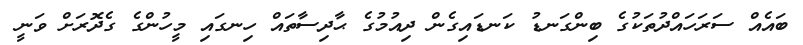
ބައެއް ސަރަހައްދުތަކުގެ ބިންގަނޑު ކަނޑައިގެން ދިއުމުގެ ޙާދިސާތައް ހިނގައި މީހުންގެ ގެދޮރަށް ވަނީ